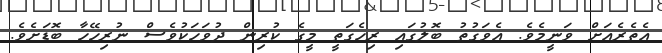
އެތެރެއަށް ވަނީމެވެ. އެވަގުތު ބޮލުގައި ރިހެގަތީ މީގެ ކުރިން ދުވަހަކުވެސް ނުރިހޭހާ ބޮޑަށެވެ.